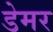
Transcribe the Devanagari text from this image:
डेमर